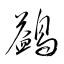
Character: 鷁